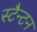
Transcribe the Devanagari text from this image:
स्टैन्टन